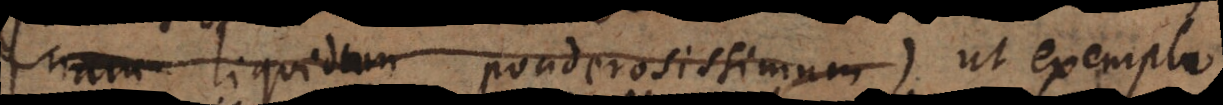
nam liquidum ponderosissimum ut exemplo